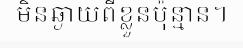
មិនឆ្ងាយពីខ្លួនប៉ុន្មាន។